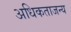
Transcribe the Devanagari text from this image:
अधिकताजन्य